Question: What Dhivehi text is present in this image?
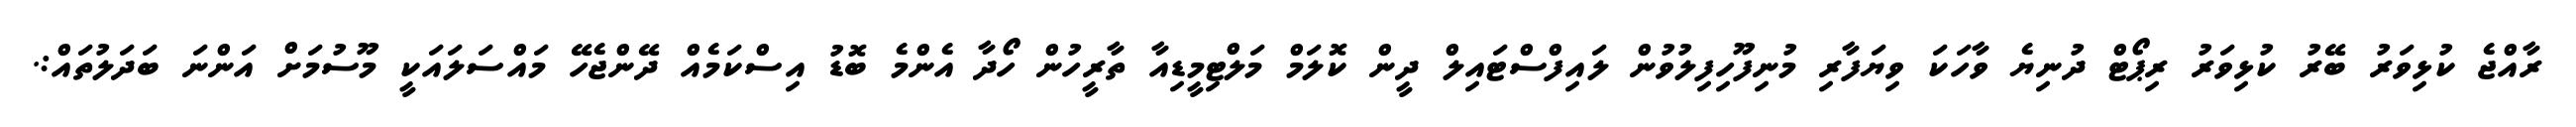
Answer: ރާއްޖެ ކުޅިވަރު ބޭރު ކުޅިވަރު ރިޕޯޓް ދުނިޔެ ވާހަކަ ވިޔަފާރި މުނިފޫހިފިލުވުން ލައިފްސްޓައިލް ދީން ކޮލަމް މަލްޓިމީޑިއާ ތާރީހުން ހޯދާ އެންމެ ބޮޑު އިސްކަމެއް ދޭންޖެހޭ މައްސަލައަކީ މޫސުމަށް އަންނަ ބަދަލުތައް:.